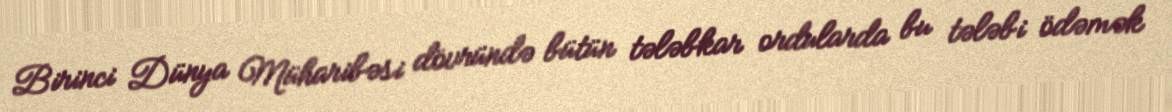
Birinci Dünya Müharibəsi dövründə bütün tələbkar ordularda bu tələbi ödəmək